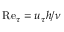
\mathrm { R e } _ { \tau } = u _ { \tau } h / \nu